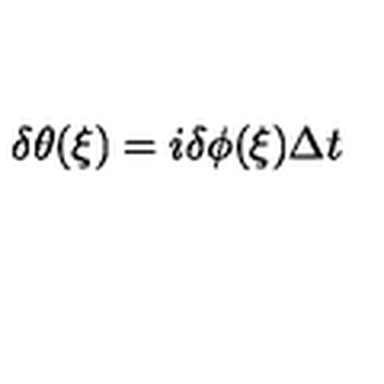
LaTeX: \delta \theta ( \xi ) = i \delta \phi ( \xi ) \Delta t